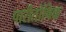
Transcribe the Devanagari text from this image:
पारीतोषिक